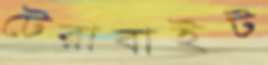
টেরাবাইট